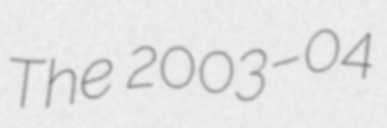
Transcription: The 2003–04